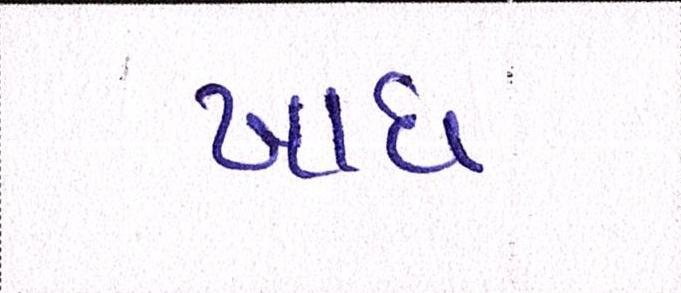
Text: ખાધ